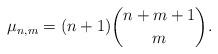
LaTeX: \begin{align*}\mu_{n,m}=(n+1){n+m+1\choose m}.\end{align*}